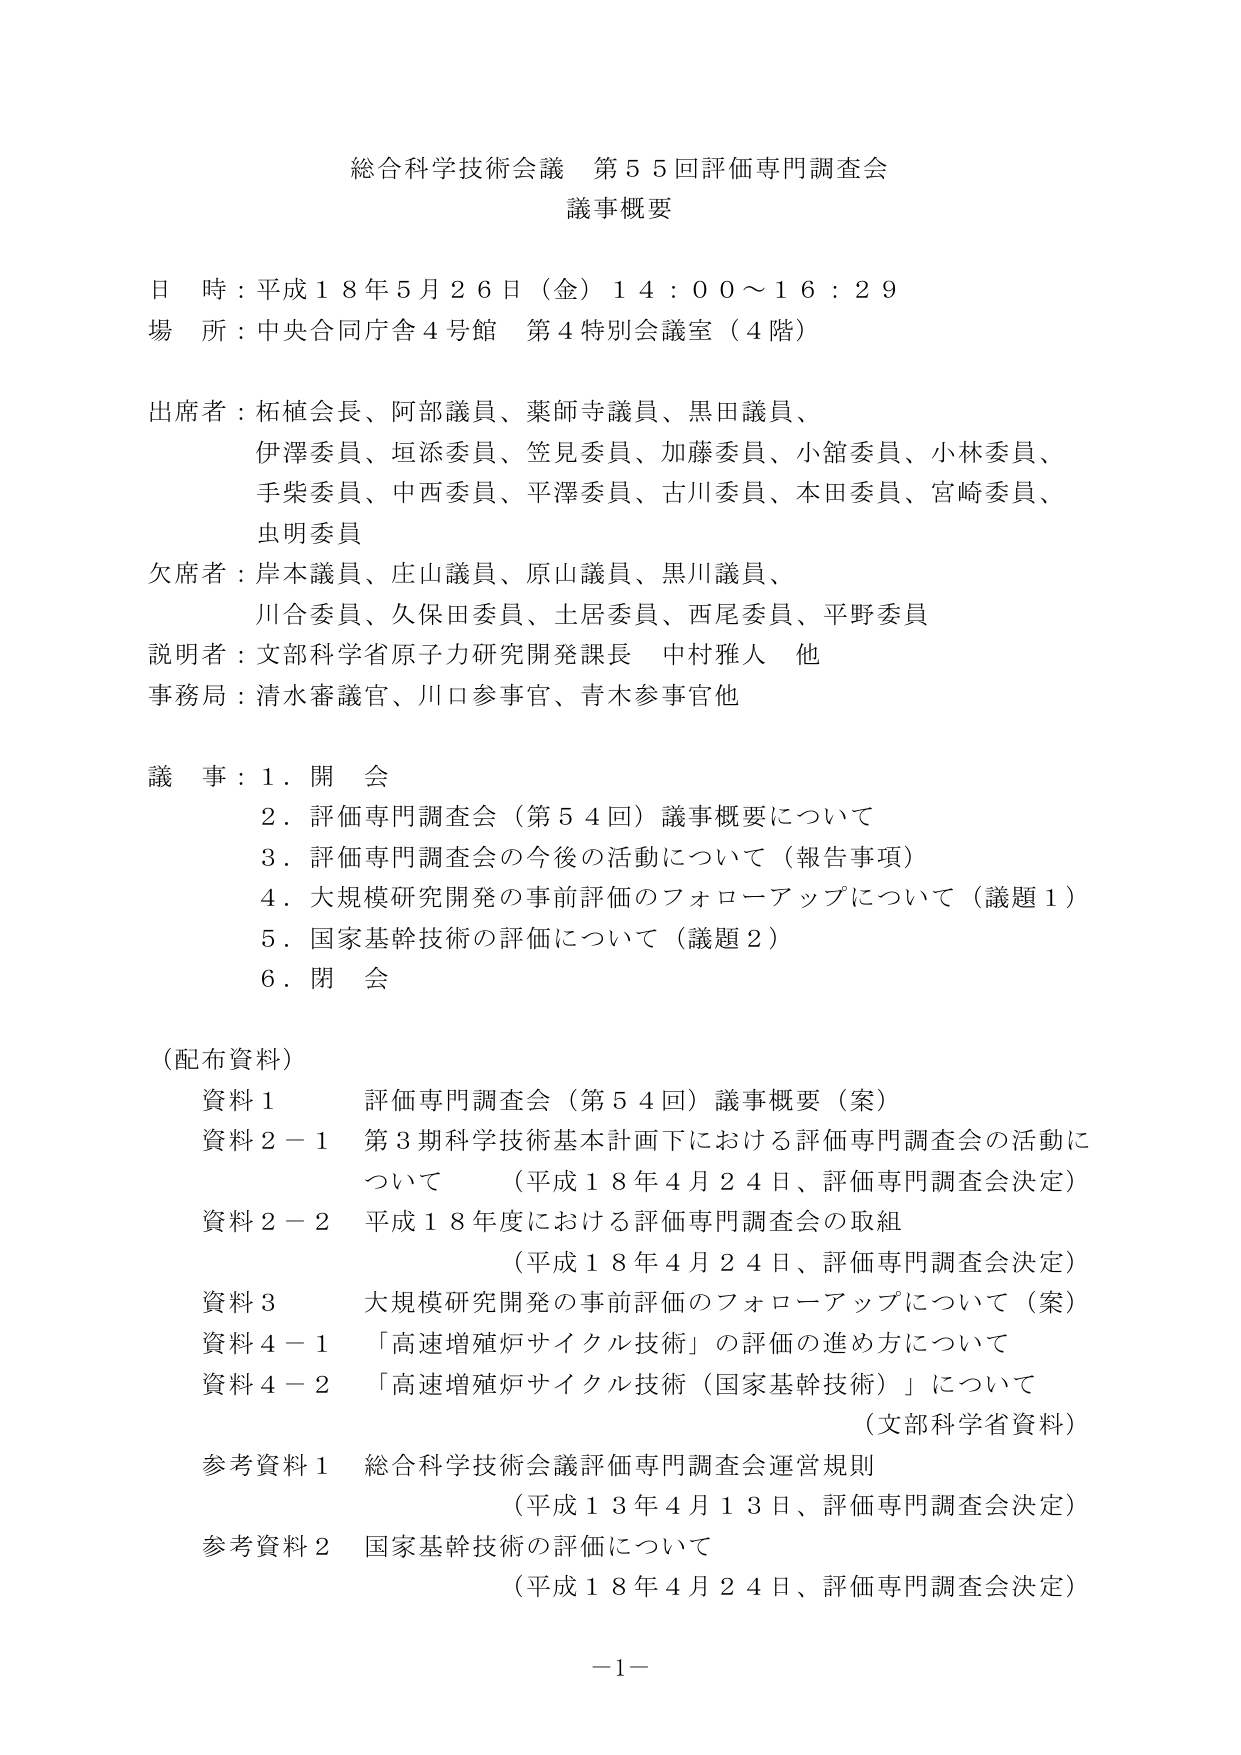
総合科学技術会議 第５５回評価専門調査会
議事概要

日 時：平成１８年５月２６日（金）１４：００～１６：２９
場 所：中央合同庁舎４号館 第４特別会議室（４階）

出席者：柘植会長、阿部議員、薬師寺議員、黒田議員、
　　　　伊澤委員、垣添委員、笠見委員、加藤委員、小舘委員、小林委員、
　　　　手柴委員、中西委員、平澤委員、古川委員、本田委員、宮崎委員、
　　　　虫明委員

欠席者：岸本議員、庄山議員、原山議員、黒川議員、
　　　　川合委員、久保田委員、土居委員、西尾委員、平野委員

説明者：文部科学省原子力研究開発課長 中村雅人 他

事務局：清水審議官、川口参事官、青木参事官他

議 事：１．開 会
　　　　２．評価専門調査会（第５４回）議事概要について
　　　　３．評価専門調査会の今後の活動について（報告事項）
　　　　４．大規模研究開発の事前評価のフォローアップについて（議題１）
　　　　５．国家基幹技術の評価について（議題２）
　　　　６．閉 会

（配布資料）
　資料１　　評価専門調査会（第５４回）議事概要（案）
　資料２－１　第３期科学技術基本計画下における評価専門調査会の活動について　（平成１８年４月２４日、評価専門調査会決定）
　資料２－２　平成１８年度における評価専門調査会の取組　（平成１８年４月２４日、評価専門調査会決定）
　資料３　　大規模研究開発の事前評価のフォローアップについて（案）
　資料４－１　「高速増殖炉サイクル技術」の評価の進め方について
　資料４－２　「高速増殖炉サイクル技術（国家基幹技術）」について　（文部科学省資料）
　参考資料１　総合科学技術会議評価専門調査会運営規則　（平成１３年４月１３日、評価専門調査会決定）
　参考資料２　国家基幹技術の評価について　（平成１８年４月２４日、評価専門調査会決定）

－１－